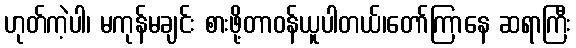
ဟုတ်ကဲ့ပါ၊ မကုန်မချင်း စားဖို့တာဝန်ယူပါတယ်၊တော်ကြာနေ ဆရာကြီး